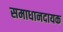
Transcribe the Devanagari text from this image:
समाधानदायक